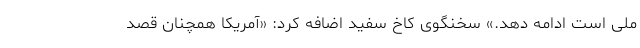
ملی است ادامه دهد.» سخنگوی کاخ سفید اضافه کرد: «آمریکا همچنان قصد